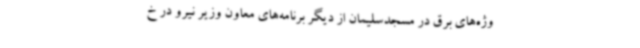
وژه‌های برق در مسجدسلیمان از دیگر برنامه‌های معاون وزیر نیرو در خ